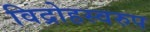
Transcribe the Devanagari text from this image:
विद्रोहस्वरुप